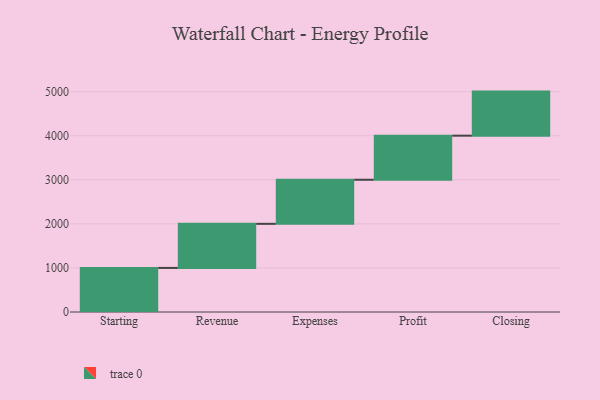
{"axis": {"x": "Step", "y": "Value"}, "legend": [""], "data": [{"x": "Starting", "y": 1000, "type": ""}, {"x": "Revenue", "y": 1000, "type": ""}, {"x": "Expenses", "y": 1000, "type": ""}, {"x": "Profit", "y": 1000, "type": ""}, {"x": "Closing", "y": 1000, "type": ""}]}